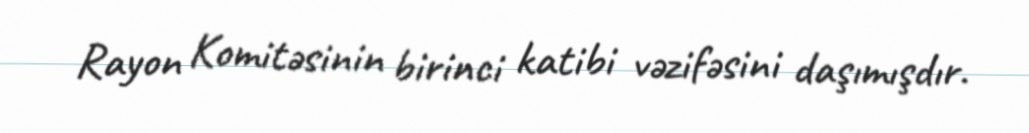
Rayon Komitəsinin birinci katibi vəzifəsini daşımışdır.